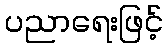
ပညာရေးဖြင့်